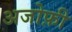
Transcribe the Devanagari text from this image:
अजोफ़ी